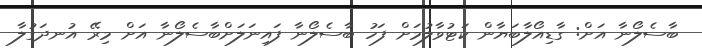
ބާސެލޯނާ އަށް: ގާޑިއޯލާބަޔާން ކަޓުވާލުމަށް ފަހު ބާސެލޯނާ ފައިނަލަށްބާސެލޯނާ އަށް މިރޭ އުނދަގުލާ